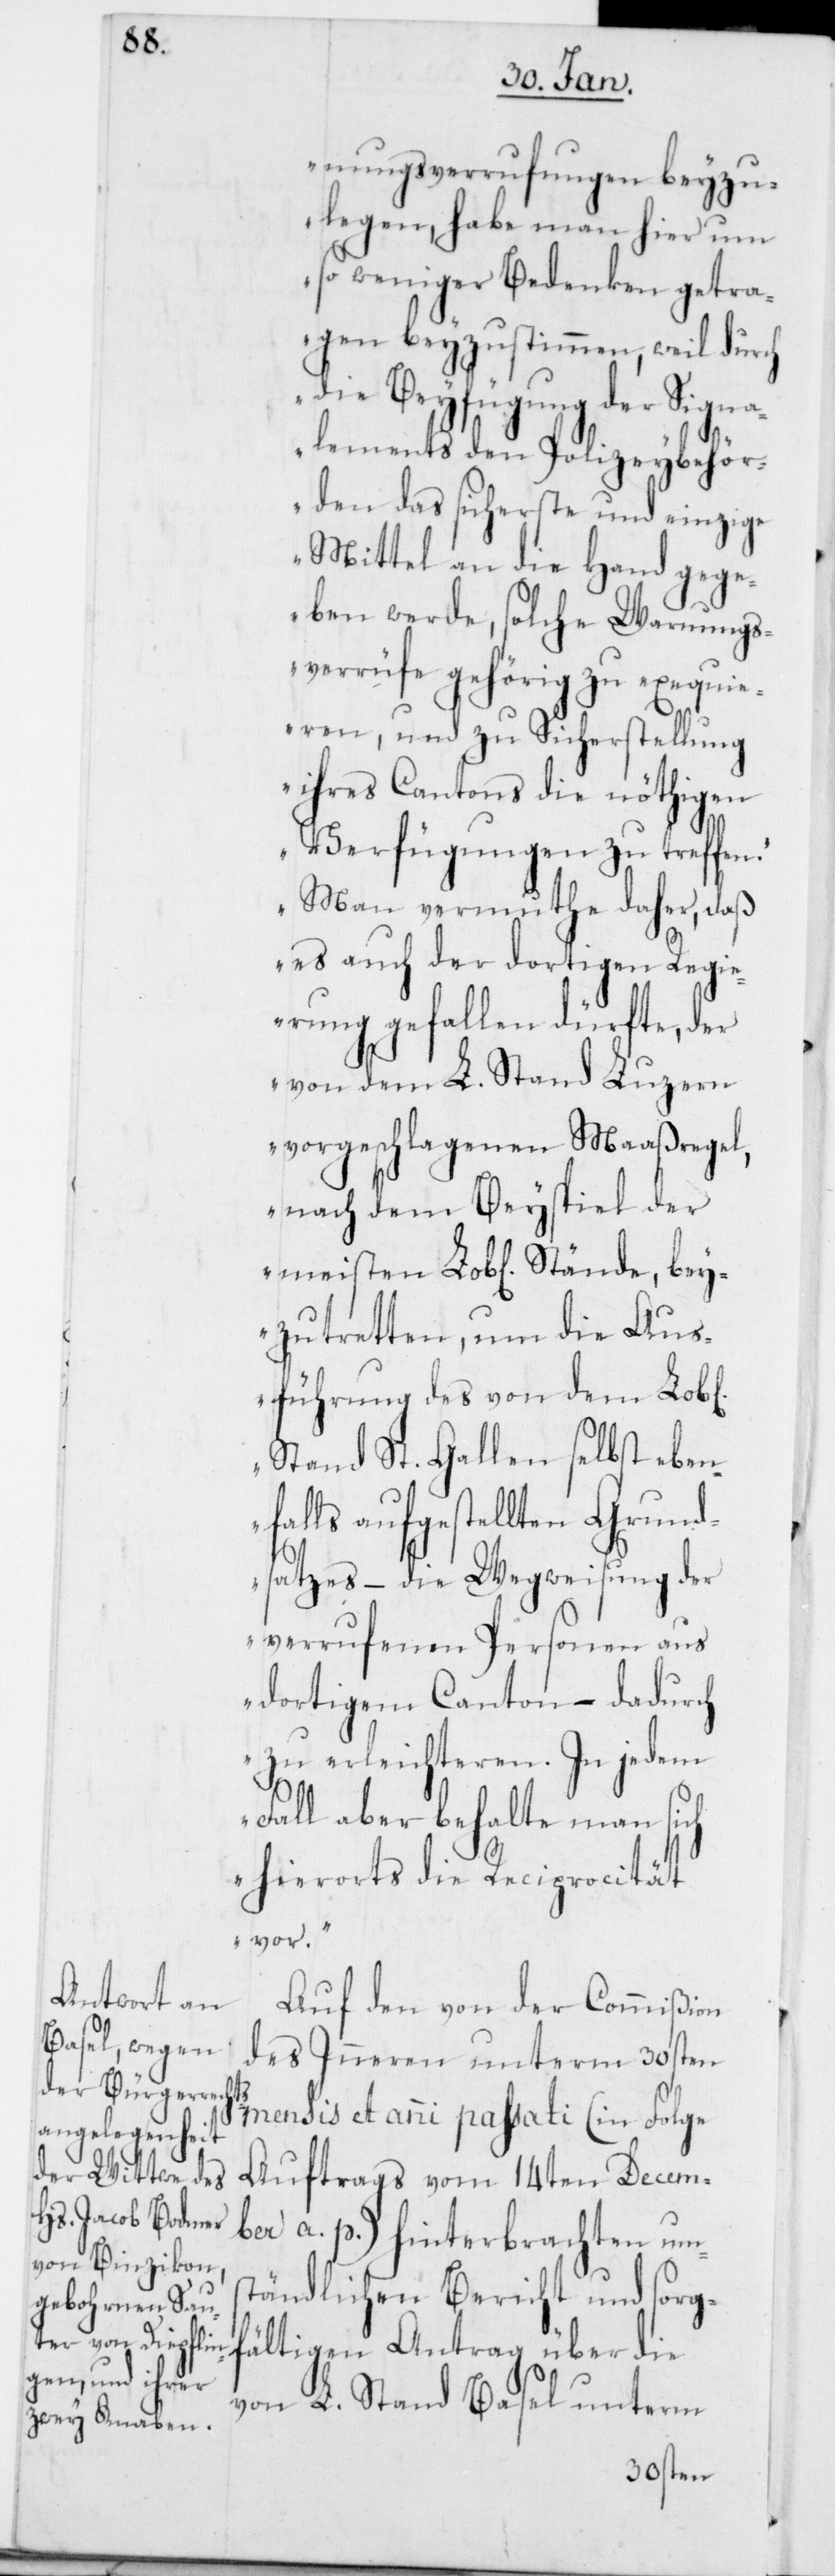
b¬

nungsverrufungen beyzu¬
legen, habe man hier um
so weniger Bedenken getra¬
gen beyzustimmen, weil durch
die Beyfügung der Signa¬
lements den Polizeybehör¬
den das sicherste und einzige
Mittel an die Hand gege¬
ben werde, solche Warnungs¬
verrüfe gehörig zu exequie¬
ren, und zu Sicherstellung
ihres Cantons die nöthigen
Verfügungen zu treffen.
Man vermuthe daher, daß
es auch der dortigen Regi¬
erung gefallen dürfte, der
von dem L. Stand Luzern
vorgeschlagenen Maaßregel,
nach dem Beyspiel der
eyzutretten, um die Aus¬
führung des von dem Lob[l¬
Stand St. Gallen selbst eben¬
falls aufgestellten Grund¬
satzes, – die Wegweisung der
verrufenen Personen aus
dortigem Canton, – dadurch
zu erleichteren. In jedem
Fall aber behalte man sich
hierorts die Reciprocität
vor.“
Auf den von der Commißion
des Inneren unterm 30sten
mensis et anni passati (in Folge
Auftrags vom 14ten Decem¬
ber a. p.) hinterbrachten ums¬
tändlichen Bericht und sorg¬
fältigen Antrag über die
von L. Stand Basel unterm
ichen]